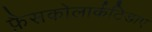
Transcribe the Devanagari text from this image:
फ़ैसकोलार्कटिडाए